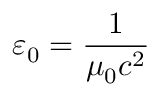
\varepsilon _ { 0 } = { \frac { 1 } { \mu _ { 0 } c ^ { 2 } } }